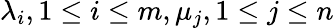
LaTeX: \lambda_{i},1\le i\le m,\mu_{j},1\le j\le n